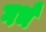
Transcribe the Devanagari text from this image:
गर्भं